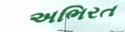
અભિરત